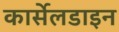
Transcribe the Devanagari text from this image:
कार्सेलडाइन